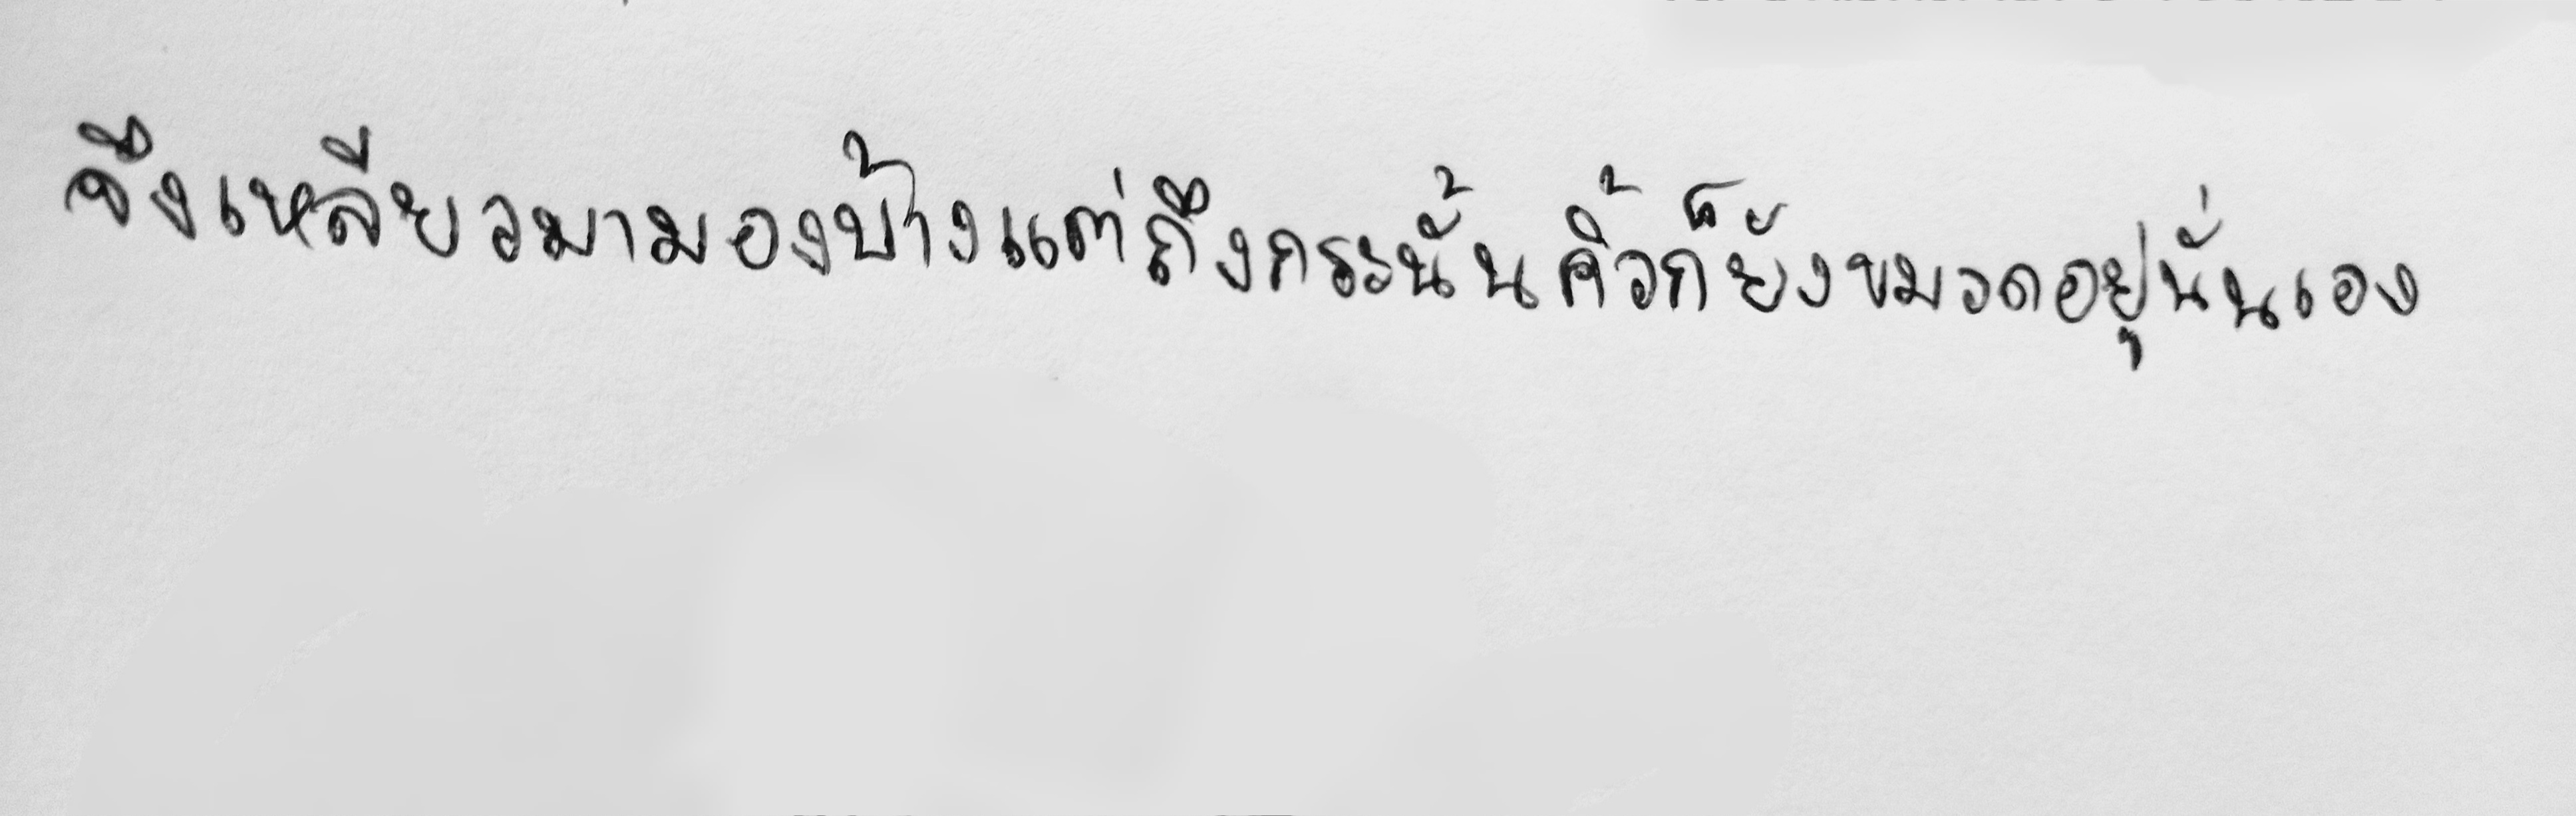
จึงเหลียวมามองบ้างแต่ถึงกระนั้นคิ้วก็ยังขมวดอยู่นั่นเอง